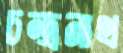
চন্দ্রনাথ